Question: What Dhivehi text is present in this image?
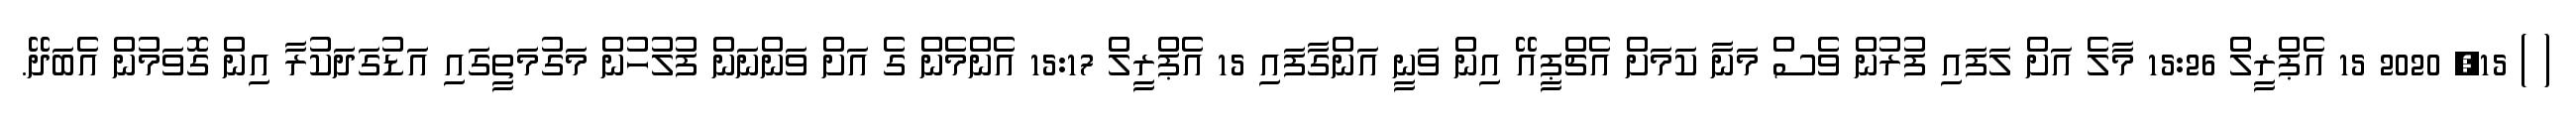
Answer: ( ) 15, 2020 15 އެޕްރީލް 15:26 މާލެ އަށް ލަފައި ފުރުން ވެސް މަނާ ކަމަށް އެޗްޕީއޭ އިން ވަނީ އަންގާފައި 15 އެޕްރީލް 15:17 އެންމެން ގެ އަށް ވަންނަން ފުލުހުން މަގުމަތީގައި އަޑުގަދަކުރާ އިން ގޮވަމުން އެބަދޭ.